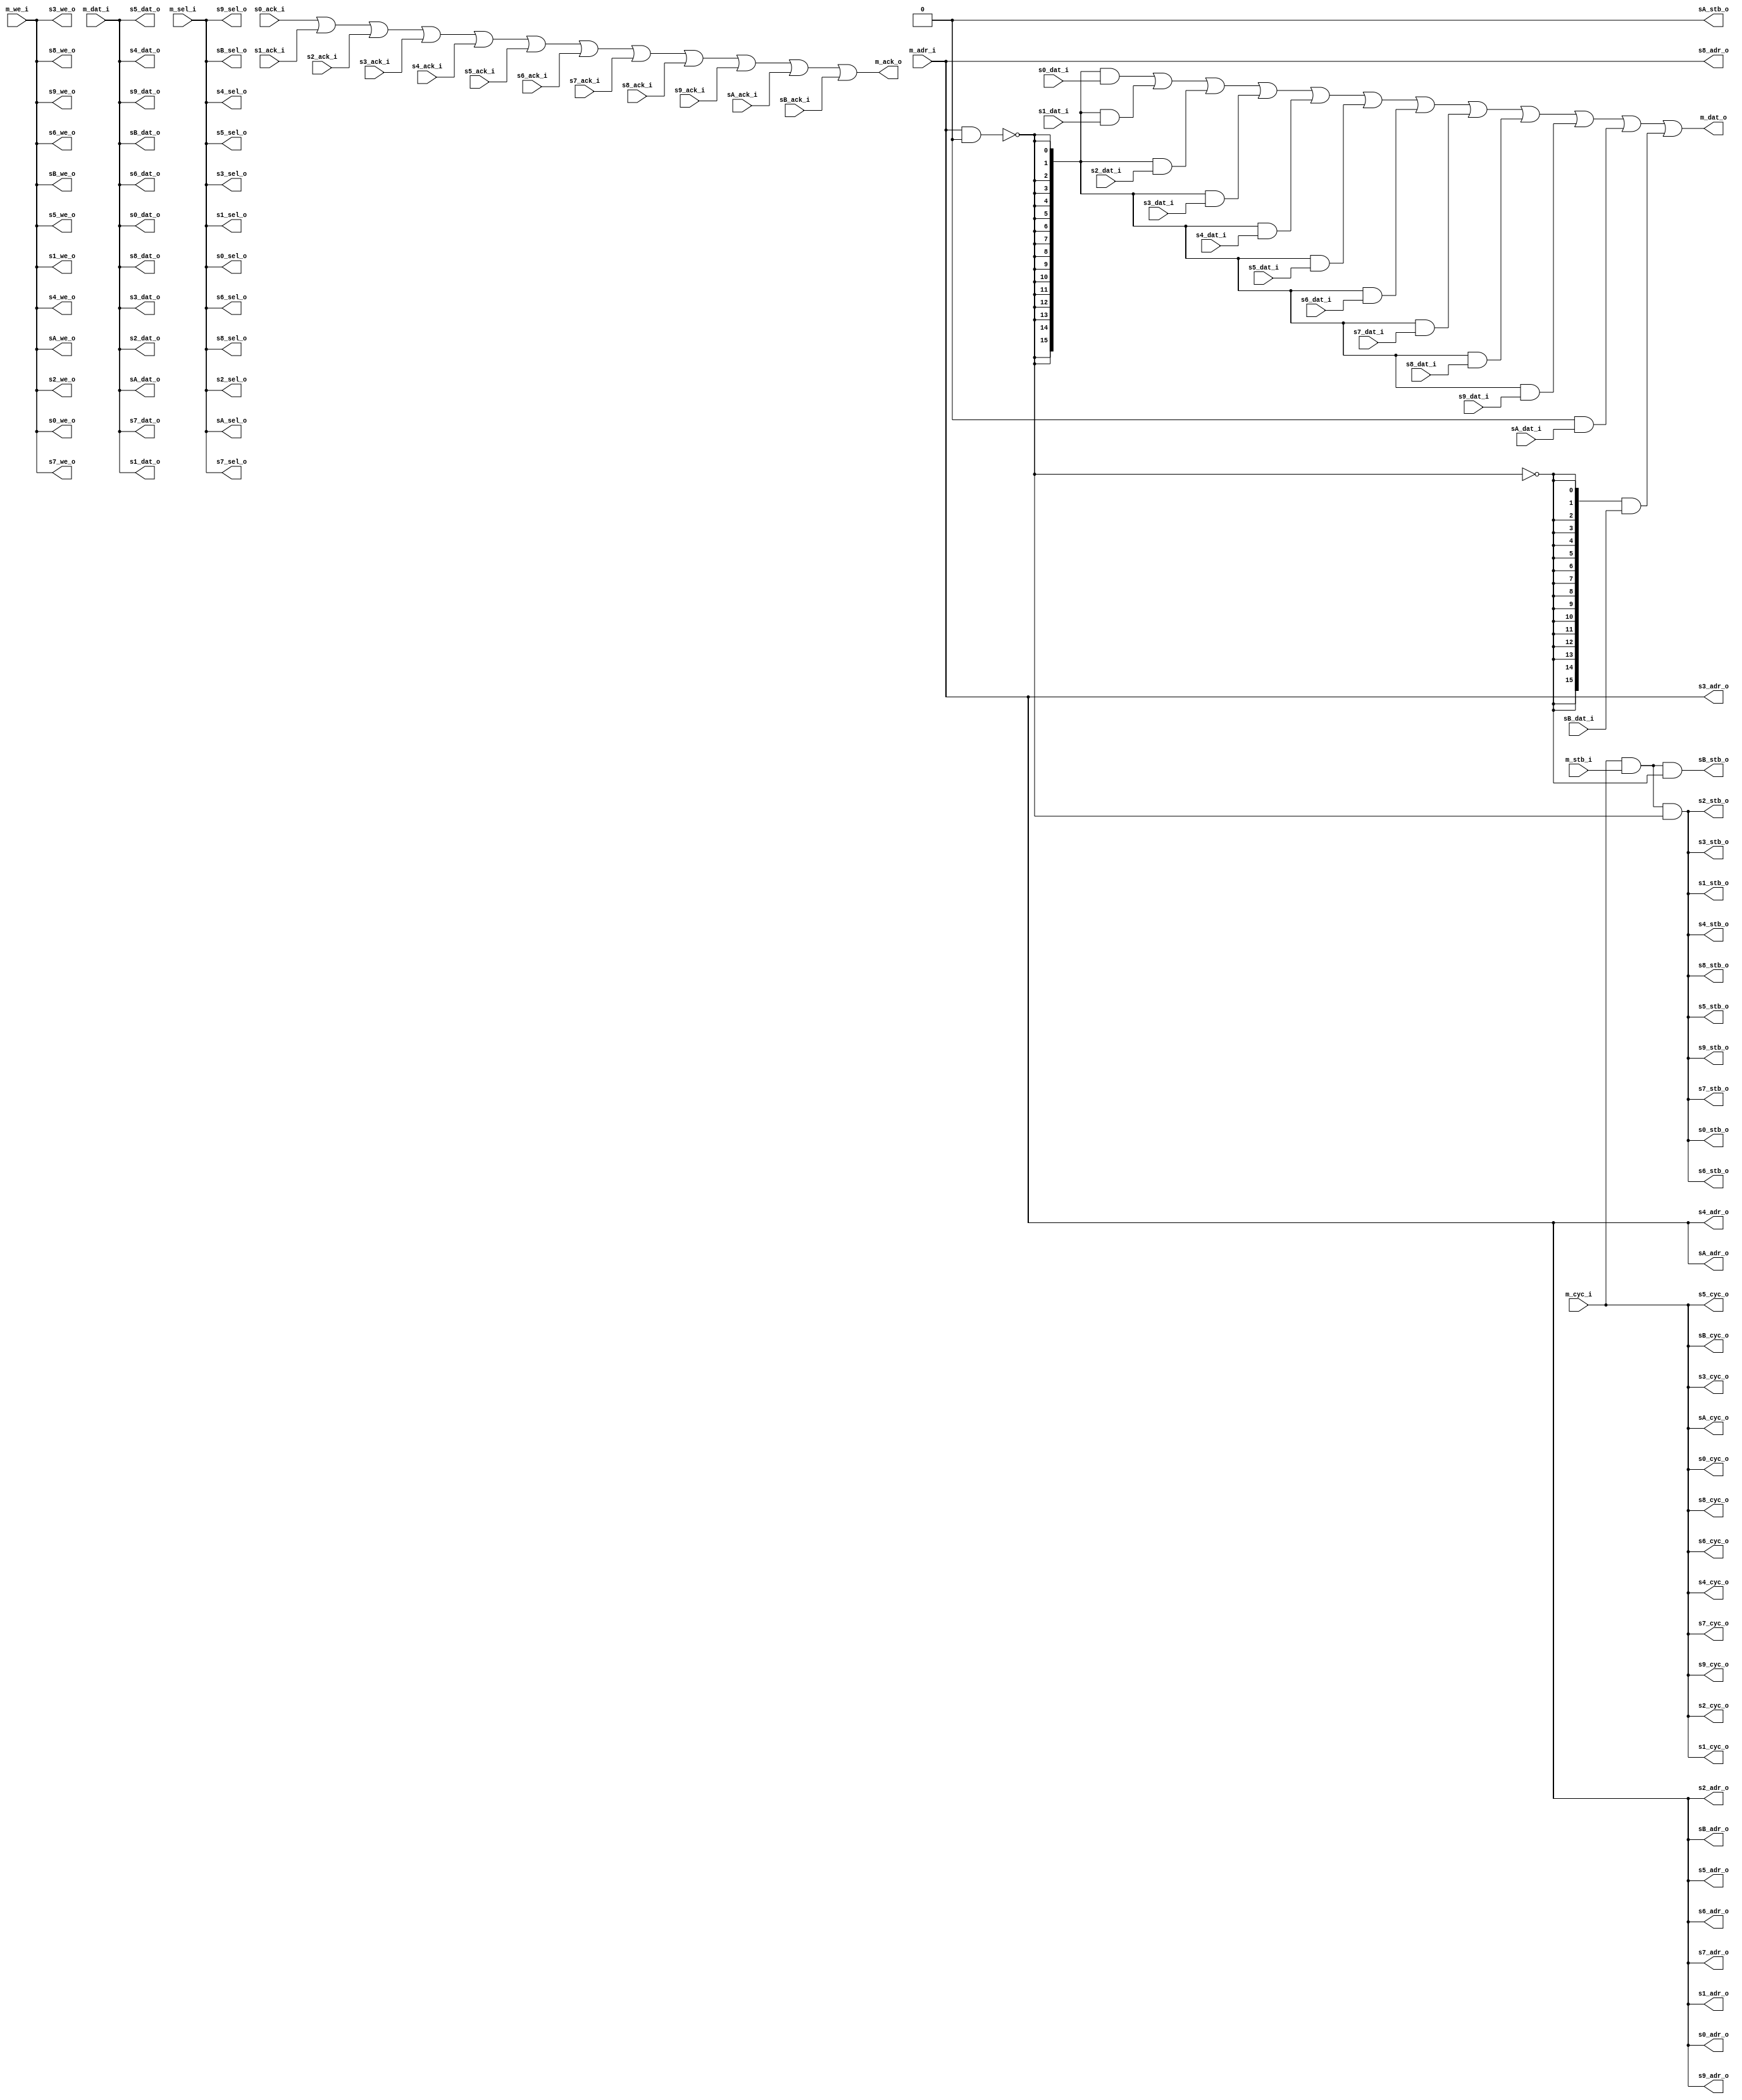
/*
 *  Wishbone switch and address decoder
 *  Copyright (C) 2010  Zeus Gomez Marmolejo <zeus@aluzina.org>
 *  Copyright (C) 2008, 2009 Sebastien Bourdeauducq - http://lekernel.net
 *  Copyright (C) 2000 Johny Chi - chisuhua@yahoo.com.cn
 *
 *  This file is part of the Zet processor. This processor is free
 *  hardware; you can redistribute it and/or modify it under the terms of
 *  the GNU General Public License as published by the Free Software
 *  Foundation; either version 3, or (at your option) any later version.
 *
 *  Zet is distrubuted in the hope that it will be useful, but WITHOUT
 *  ANY WARRANTY; without even the implied warranty of MERCHANTABILITY
 *  or FITNESS FOR A PARTICULAR PURPOSE. See the GNU General Public
 *  License for more details.
 *
 *  You should have received a copy of the GNU General Public License
 *  along with Zet; see the file COPYING. If not, see
 *  <http://www.gnu.org/licenses/>.
 */

module wb_switch #(
    parameter s0_addr_1 = 20'h00000,  // Default Values
    parameter s0_mask_1 = 20'h00000,
    parameter s1_addr_1 = 20'h00000,
    parameter s1_mask_1 = 20'h00000,
    parameter s1_addr_2 = 20'h00000,
    parameter s1_mask_2 = 20'h00000,
    parameter s2_addr_1 = 20'h00000,
    parameter s2_mask_1 = 20'h00000,
    parameter s3_addr_1 = 20'h00000,
    parameter s3_mask_1 = 20'h00000,
    parameter s4_addr_1 = 20'h00000,
    parameter s4_mask_1 = 20'h00000,
    parameter s5_addr_1 = 20'h00000,
    parameter s5_mask_1 = 20'h00000,
    parameter s6_addr_1 = 20'h00000,
    parameter s6_mask_1 = 20'h00000,
    parameter s7_addr_1 = 20'h00000,
    parameter s7_mask_1 = 20'h00000,
    parameter s8_addr_1 = 20'h00000,
    parameter s8_mask_1 = 20'h00000,
    parameter s9_addr_1 = 20'h00000,
    parameter s9_mask_1 = 20'h00000,
    parameter sA_addr_1 = 20'h00000,
    parameter sA_mask_1 = 20'h00000,
    parameter sA_addr_2 = 20'h00000,
    parameter sA_mask_2 = 20'h00000
  )(
    // Master interface
    input  [15:0] m_dat_i,
    output [15:0] m_dat_o,
    input  [20:1] m_adr_i,
    input  [ 1:0] m_sel_i,
    input         m_we_i,
    input         m_cyc_i,
    input         m_stb_i,
    output        m_ack_o,

    // Slave 0 interface
    input  [15:0] s0_dat_i,
    output [15:0] s0_dat_o,
    output [20:1] s0_adr_o,
    output [ 1:0] s0_sel_o,
    output        s0_we_o,
    output        s0_cyc_o,
    output        s0_stb_o,
    input         s0_ack_i,

    // Slave 1 interface
    input  [15:0] s1_dat_i,
    output [15:0] s1_dat_o,
    output [20:1] s1_adr_o,
    output [ 1:0] s1_sel_o,
    output        s1_we_o,
    output        s1_cyc_o,
    output        s1_stb_o,
    input         s1_ack_i,

    // Slave 2 interface
    input  [15:0] s2_dat_i,
    output [15:0] s2_dat_o,
    output [20:1] s2_adr_o,
    output [ 1:0] s2_sel_o,
    output        s2_we_o,
    output        s2_cyc_o,
    output        s2_stb_o,
    input         s2_ack_i,

    // Slave 3 interface
    input  [15:0] s3_dat_i,
    output [15:0] s3_dat_o,
    output [20:1] s3_adr_o,
    output [ 1:0] s3_sel_o,
    output        s3_we_o,
    output        s3_cyc_o,
    output        s3_stb_o,
    input         s3_ack_i,

    // Slave 4 interface
    input  [15:0] s4_dat_i,
    output [15:0] s4_dat_o,
    output [20:1] s4_adr_o,
    output [ 1:0] s4_sel_o,
    output        s4_we_o,
    output        s4_cyc_o,
    output        s4_stb_o,
    input         s4_ack_i,

    // Slave 5 interface
    input  [15:0] s5_dat_i,
    output [15:0] s5_dat_o,
    output [20:1] s5_adr_o,
    output [ 1:0] s5_sel_o,
    output        s5_we_o,
    output        s5_cyc_o,
    output        s5_stb_o,
    input         s5_ack_i,

    // Slave 6 interface
    input  [15:0] s6_dat_i,
    output [15:0] s6_dat_o,
    output [20:1] s6_adr_o,
    output [ 1:0] s6_sel_o,
    output        s6_we_o,
    output        s6_cyc_o,
    output        s6_stb_o,
    input         s6_ack_i,

    // Slave 7 interface
    input  [15:0] s7_dat_i,
    output [15:0] s7_dat_o,
    output [20:1] s7_adr_o,
    output [ 1:0] s7_sel_o,
    output        s7_we_o,
    output        s7_cyc_o,
    output        s7_stb_o,
    input         s7_ack_i,

    // Slave 8 interface
    input  [15:0] s8_dat_i,
    output [15:0] s8_dat_o,
    output [20:1] s8_adr_o,
    output [ 1:0] s8_sel_o,
    output        s8_we_o,
    output        s8_cyc_o,
    output        s8_stb_o,
    input         s8_ack_i,

    // Slave 9 interface
    input  [15:0] s9_dat_i,
    output [15:0] s9_dat_o,
    output [20:1] s9_adr_o,
    output [ 1:0] s9_sel_o,
    output        s9_we_o,
    output        s9_cyc_o,
    output        s9_stb_o,
    input         s9_ack_i,

    // Slave A interface - masked default
    input  [15:0] sA_dat_i,
    output [15:0] sA_dat_o,
    output [20:1] sA_adr_o,
    output [ 1:0] sA_sel_o,
    output        sA_we_o,
    output        sA_cyc_o,
    output        sA_stb_o,
    input         sA_ack_i,

    // Slave B interface - default
    input  [15:0] sB_dat_i,
    output [15:0] sB_dat_o,
    output [20:1] sB_adr_o,
    output [ 1:0] sB_sel_o,
    output        sB_we_o,
    output        sB_cyc_o,
    output        sB_stb_o,
    input         sB_ack_i

  );

`define mbusw_ls  20 + 2 + 16 + 1 + 1 + 1  // address + byte select + data + cyc + we + stb

wire [11:0] slave_sel;
wire [15:0] i_dat_s;   // internal shared bus, slave data to master
wire        i_bus_ack; // internal shared bus, ack signal

wire [`mbusw_ls -1:0] i_bus_m;    // internal shared bus, master data and control to slave

assign m_dat_o = i_dat_s;
assign m_ack_o = i_bus_ack;

// Bus Acknowlegement
assign i_bus_ack =   s0_ack_i | s1_ack_i | s2_ack_i | s3_ack_i | s4_ack_i | s5_ack_i | s6_ack_i |
          s7_ack_i | s8_ack_i | s9_ack_i | sA_ack_i | sB_ack_i;

assign i_dat_s =   ({16{slave_sel[ 0]}} & s0_dat_i)
          |({16{slave_sel[ 1]}} & s1_dat_i)
          |({16{slave_sel[ 2]}} & s2_dat_i)
          |({16{slave_sel[ 3]}} & s3_dat_i)
          |({16{slave_sel[ 4]}} & s4_dat_i)
          |({16{slave_sel[ 5]}} & s5_dat_i)
          |({16{slave_sel[ 6]}} & s6_dat_i)
          |({16{slave_sel[ 7]}} & s7_dat_i)
          |({16{slave_sel[ 8]}} & s8_dat_i)
          |({16{slave_sel[ 9]}} & s9_dat_i)
          |({16{slave_sel[10]}} & sA_dat_i)
          |({16{slave_sel[11]}} & sB_dat_i)
        ;

// Bus Selection logic
assign slave_sel[ 0] =  ((m_adr_i & s0_mask_1) == s0_addr_1);
assign slave_sel[ 1] =  ((m_adr_i & s1_mask_1) == s1_addr_1) | ((m_adr_i & s1_mask_2) == s1_addr_2);
assign slave_sel[ 2] =  ((m_adr_i & s2_mask_1) == s2_addr_1);
assign slave_sel[ 3] =  ((m_adr_i & s3_mask_1) == s3_addr_1);
assign slave_sel[ 4] =  ((m_adr_i & s4_mask_1) == s4_addr_1);
assign slave_sel[ 5] =  ((m_adr_i & s5_mask_1) == s5_addr_1);
assign slave_sel[ 6] =  ((m_adr_i & s6_mask_1) == s6_addr_1);
assign slave_sel[ 7] =  ((m_adr_i & s7_mask_1) == s7_addr_1);
assign slave_sel[ 8] =  ((m_adr_i & s8_mask_1) == s8_addr_1);
assign slave_sel[ 9] =  ((m_adr_i & s9_mask_1) == s9_addr_1);
assign slave_sel[10] = (((m_adr_i & sA_mask_1) == sA_addr_1) | (( m_adr_i & sA_mask_2)== sA_addr_2)) & ~(|slave_sel[9:0]);
assign slave_sel[11] = ~(|slave_sel[10:0]);

assign i_bus_m = {m_adr_i, m_sel_i, m_dat_i, m_we_i, m_cyc_i, m_stb_i};

assign {s0_adr_o, s0_sel_o, s0_dat_o, s0_we_o, s0_cyc_o}  = i_bus_m[`mbusw_ls -1:1];  // slave 0
assign  s0_stb_o = i_bus_m[1] & i_bus_m[0] & slave_sel[0];     // stb_o = cyc_i & stb_i & slave_sel

assign {s1_adr_o, s1_sel_o, s1_dat_o, s1_we_o, s1_cyc_o} = i_bus_m[`mbusw_ls -1:1];    // slave 1
assign  s1_stb_o = i_bus_m[1] & i_bus_m[0] & slave_sel[1];

assign {s2_adr_o, s2_sel_o, s2_dat_o, s2_we_o, s2_cyc_o} = i_bus_m[`mbusw_ls -1:1];    // slave 2
assign  s2_stb_o = i_bus_m[1] & i_bus_m[0] & slave_sel[2];

assign {s3_adr_o, s3_sel_o, s3_dat_o, s3_we_o, s3_cyc_o} = i_bus_m[`mbusw_ls -1:1];    // slave 3
assign  s3_stb_o = i_bus_m[1] & i_bus_m[0] & slave_sel[3];

assign {s4_adr_o, s4_sel_o, s4_dat_o, s4_we_o, s4_cyc_o} = i_bus_m[`mbusw_ls -1:1];    // slave 4
assign  s4_stb_o = i_bus_m[1] & i_bus_m[0] & slave_sel[4];

assign {s5_adr_o, s5_sel_o, s5_dat_o, s5_we_o, s5_cyc_o} = i_bus_m[`mbusw_ls -1:1];    // slave 5
assign  s5_stb_o = i_bus_m[1] & i_bus_m[0] & slave_sel[5];

assign {s6_adr_o, s6_sel_o, s6_dat_o, s6_we_o, s6_cyc_o} = i_bus_m[`mbusw_ls -1:1];    // slave 6
assign  s6_stb_o = i_bus_m[1] & i_bus_m[0] & slave_sel[6];

assign {s7_adr_o, s7_sel_o, s7_dat_o, s7_we_o, s7_cyc_o} = i_bus_m[`mbusw_ls -1:1];    // slave 7
assign  s7_stb_o = i_bus_m[1] & i_bus_m[0] & slave_sel[7];

assign {s8_adr_o, s8_sel_o, s8_dat_o, s8_we_o, s8_cyc_o} = i_bus_m[`mbusw_ls -1:1];    // slave 8
assign  s8_stb_o = i_bus_m[1] & i_bus_m[0] & slave_sel[8];

assign {s9_adr_o, s9_sel_o, s9_dat_o, s9_we_o, s9_cyc_o} = i_bus_m[`mbusw_ls -1:1];    // slave 9
assign  s9_stb_o = i_bus_m[1] & i_bus_m[0] & slave_sel[9];

assign {sA_adr_o, sA_sel_o, sA_dat_o, sA_we_o, sA_cyc_o} = i_bus_m[`mbusw_ls -1:1];    // slave A
assign  sA_stb_o = i_bus_m[1] & i_bus_m[0] & slave_sel[10];

assign {sB_adr_o, sB_sel_o, sB_dat_o, sB_we_o, sB_cyc_o} = i_bus_m[`mbusw_ls -1:1];    // slave B
assign  sB_stb_o = i_bus_m[1] & i_bus_m[0] & slave_sel[11];

endmodule